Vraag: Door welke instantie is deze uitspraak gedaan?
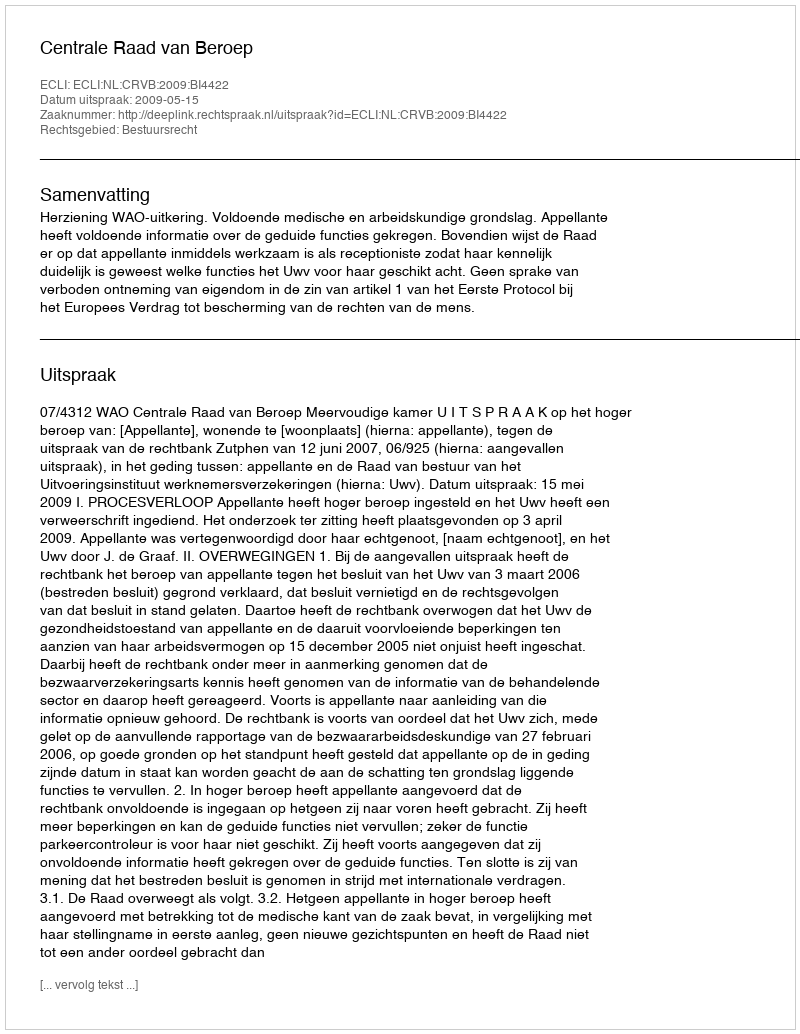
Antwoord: Centrale Raad van Beroep